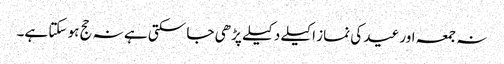
نہ جمعہ اور عید کی نماز اکیلے دکیلے پڑھی جا سکتی ہے نہ حج ہو سکتا ہے۔